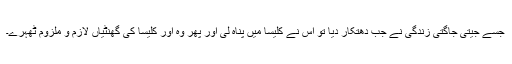
جسے جیتی جاگتی زندگی نے جب دھتکار دیا تو اس نے کلیسا میں پناہ لی اور پھر وہ اور کلیسا کی گھنٹیاں لازم و ملزوم ٹھہرے۔